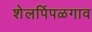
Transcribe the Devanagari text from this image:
शेलपिंपळगाव